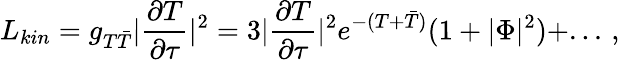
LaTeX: L_{kin}=g_{T\bar{T}}|\frac{\partial T}{\partial\tau}|^{2}=3|\frac{\partial T}{\partial\tau}|^{2}e^{-(T+\bar{T})}(1+|\Phi|^{2})+...\, ,